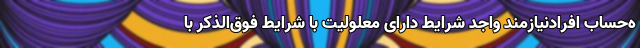
ه‌حساب افرادنیازمند واجد شرایط دارای معلولیت با شرایط فوق‌الذکر با